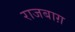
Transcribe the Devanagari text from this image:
राजबाग़